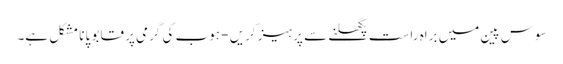
سوس پین میں براہ راست پگھلنے سے پرہیز کریں - ہوب کی گرمی پر قابو پانا مشکل ہے۔